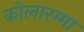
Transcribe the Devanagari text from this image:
कोलारम्मा